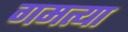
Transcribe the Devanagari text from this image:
गमत्या